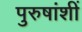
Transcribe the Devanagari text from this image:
पुरुषांशीं